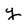
Character: y